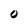
Character: 0